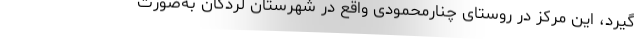
‌گیرد، این مرکز در روستای چنارمحمودی واقع در شهرستان لردگان به‌صورت